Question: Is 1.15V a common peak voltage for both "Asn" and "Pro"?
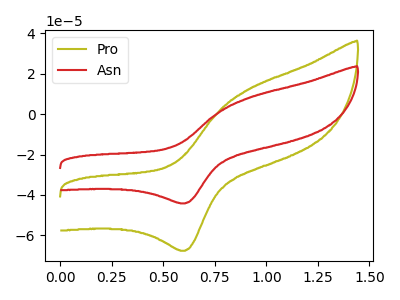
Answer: <think>The olive curve "Pro" has an anodic peak at (0.90V, 12.10uA) and a cathodic peak at (0.60V, -67.70uA). The red curve "Asn" has an anodic peak at (0.90V, 7.90uA) and a cathodic peak at (0.60V, -44.20uA).</think>
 <answer>No, "Asn" and "Pro" dont share a peak at 1.15V.</answer>
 <eval>mismatch</eval>